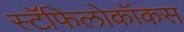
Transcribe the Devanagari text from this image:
स्टॅफिलोकॉकस